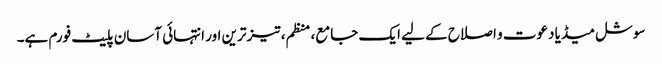
سوشل میڈیا دعوت و اصلاح کے لیے ایک جامع، منظم، تیز ترین اور انتہائی آسان پلیٹ فورم ہے۔